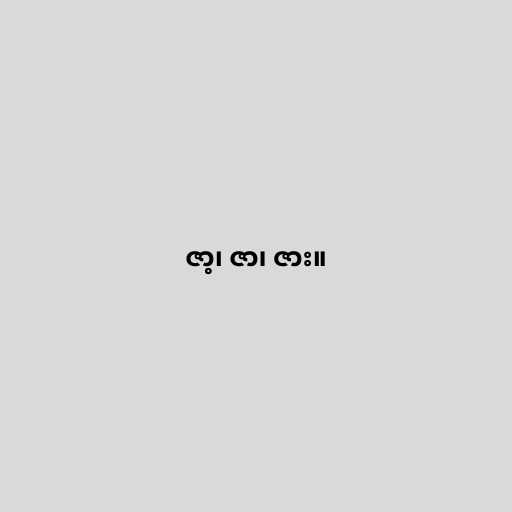
ဇာ့၊ ဇာ၊ ဇား။